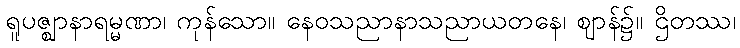
ရူပဇ္ဈာနာရမ္မဏာ၊ ကုန်သော။ နေဝသညာနာသညာယတနေ၊ ဈာန်၌။ ဌိတဿ၊